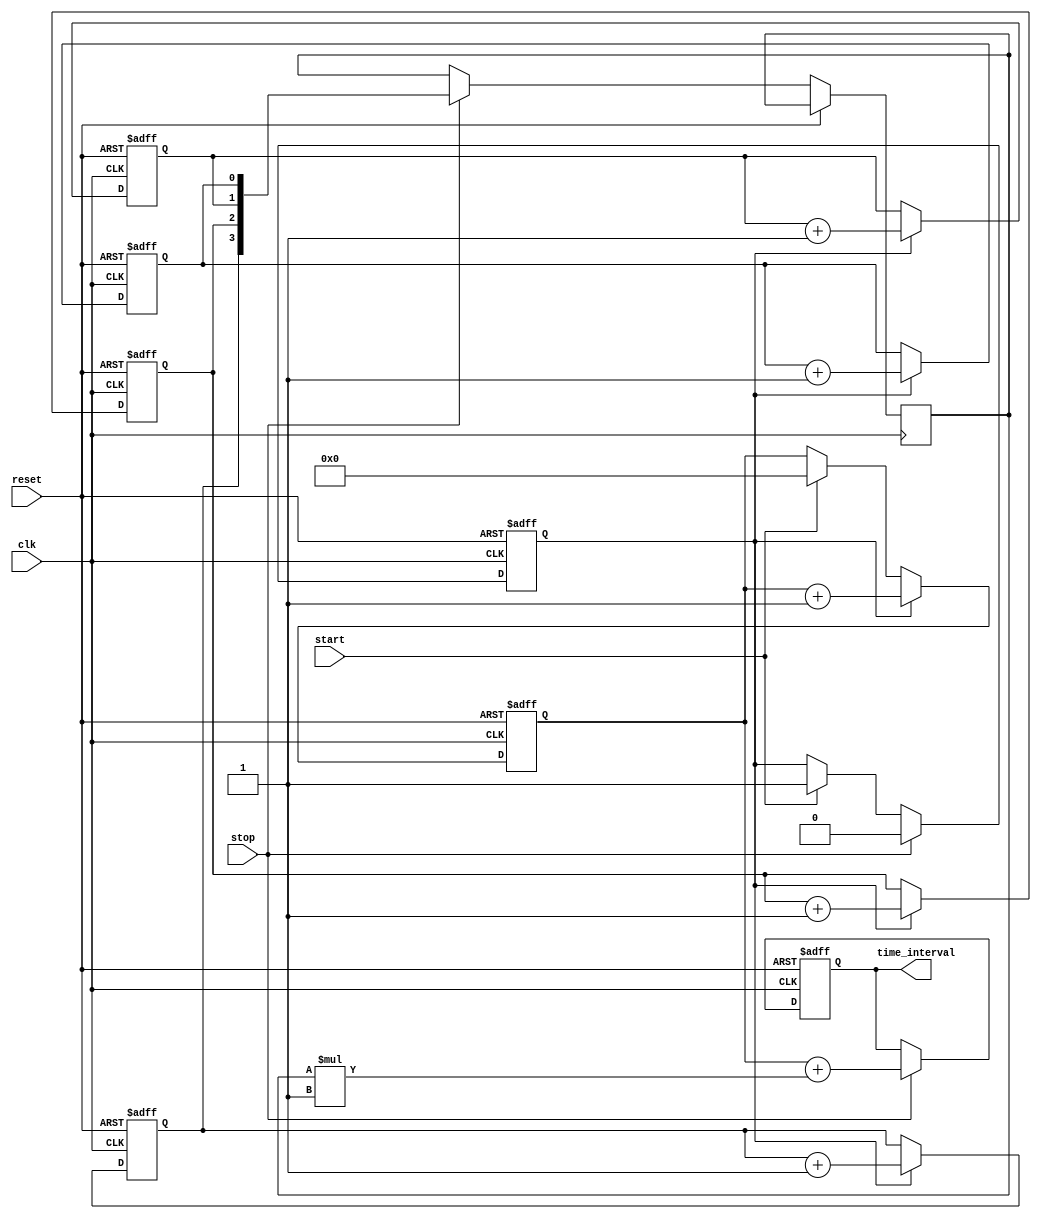
module TDC (
    input wire clk,          // Clock signal
    input wire reset,        // Reset signal
    input wire start,        // Start event signal
    input wire stop,         // Stop event signal
    output reg [15:0] time_interval // Time interval output (coarse + fine)
);

// Parameters for the number of delay lines and delay increments
parameter NUM_DELAY_LINES = 4;
parameter DELAY_INCREMENT = 1; // Assume each delay line introduces a delay of 1ns

// Registers for the TDC
reg [15:0] counter;                // Coarse counter for clock cycles
reg [NUM_DELAY_LINES-1:0] delay_lines; // Outputs of the Vernier delay lines
reg [NUM_DELAY_LINES-1:0] fine_measurement; // Fine measurements based on Vernier delay lines
reg measuring;                    // Flag to indicate measurement is ongoing

// Generate Vernier delay lines
generate
    genvar i;
    for (i = 0; i < NUM_DELAY_LINES; i = i + 1) begin : delay_line
        // Each delay line with incremental delay
        always @(posedge clk or posedge reset) begin
            if (reset) begin
                delay_lines[i] <= 0;
            end else if (measuring) begin
                delay_lines[i] <= delay_lines[i] + DELAY_INCREMENT; // Increment delay
            end
        end
    end
endgenerate

// Main logic for TDC
always @(posedge clk or posedge reset) begin
    if (reset) begin
        counter <= 0;
        time_interval <= 0;
        measuring <= 0;
    end else begin
        if (start) begin
            counter <= 0; // Reset counter on start
            measuring <= 1; // Start measuring
        end
        
        if (measuring) begin
            counter <= counter + 1; // Increment counter on clock
        end

        if (stop) begin
            measuring <= 0; // Stop measuring
            // Capture fine measurements
            fine_measurement <= delay_lines;
            // Calculate the total time interval
            time_interval <= counter + (fine_measurement * DELAY_INCREMENT);
        end
    end
end

endmodule